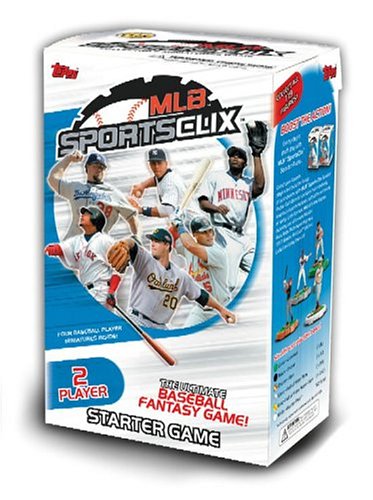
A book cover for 2005 MLB SportsClix Two-Player Starter Game; Science Fiction & Fantasy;